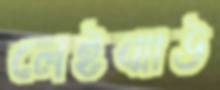
লেইঝাউ